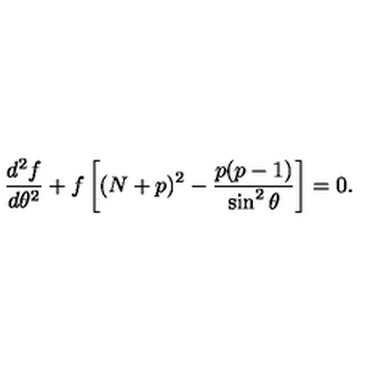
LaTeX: { \frac { d ^ { 2 } f } { d \theta ^ { 2 } } } + f \left[ ( N + p ) ^ { 2 } - { \frac { p ( p - 1 ) } { \sin ^ { 2 } \theta } } \right] = 0 .